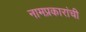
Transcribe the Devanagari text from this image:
नामप्रकारांची